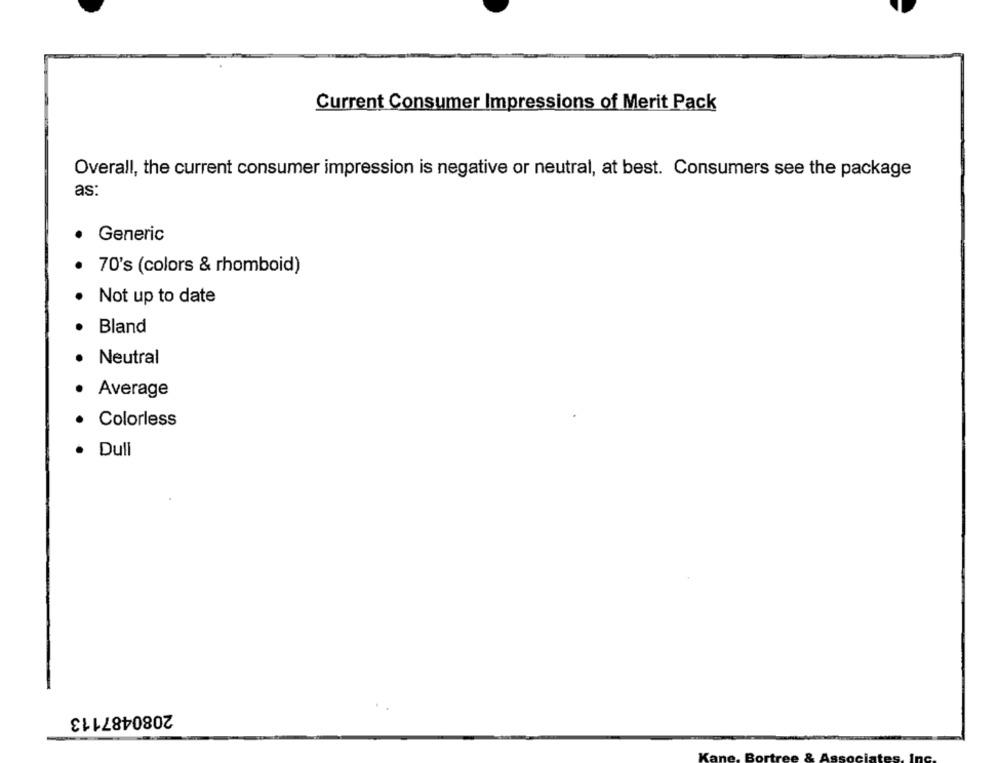
Current Consumer Impressions of Merit Pack
Overall, the current consumer impression is negative or neutral, at best. Consumers see the package
as:
Generic
70's (colors & rhomboid)
Not up to date
Bland
Neutral
Average
Colorless
Dull
2080487113